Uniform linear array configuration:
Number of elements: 16
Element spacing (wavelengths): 1
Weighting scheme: blackman
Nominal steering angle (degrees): -30
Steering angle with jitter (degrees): -30.801
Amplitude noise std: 0.05
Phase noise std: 0.05

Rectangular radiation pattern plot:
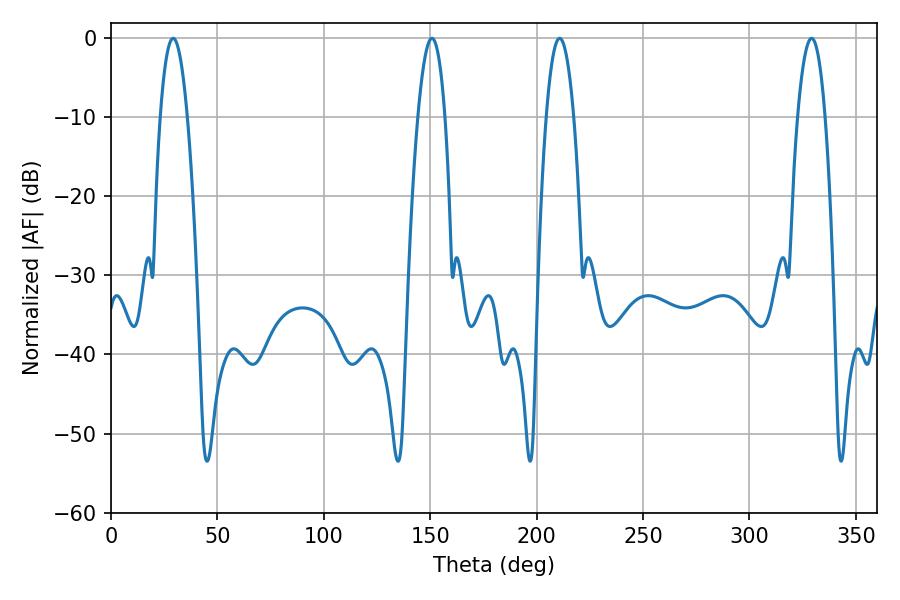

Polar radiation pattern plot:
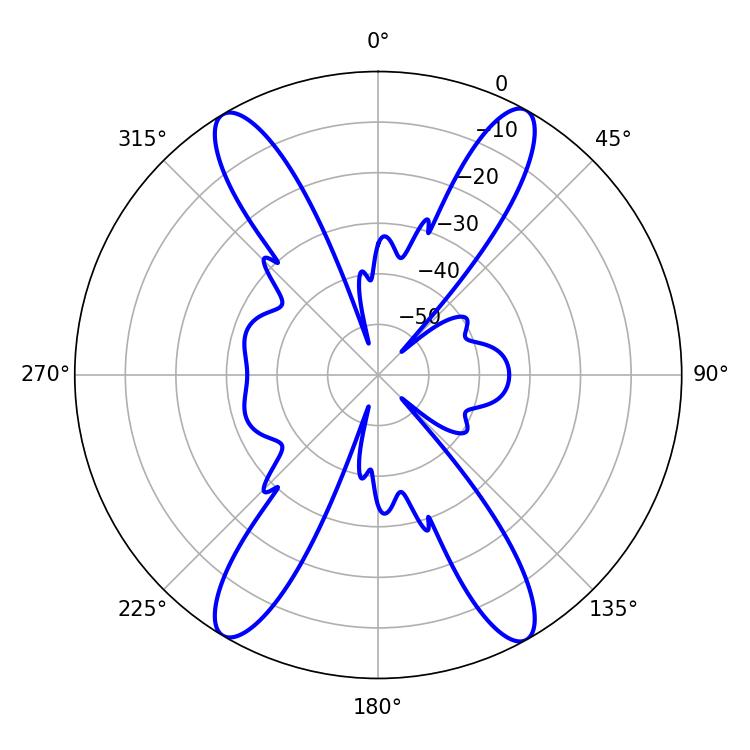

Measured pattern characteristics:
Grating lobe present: TRUE
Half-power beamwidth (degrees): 7.02
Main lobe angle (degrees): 210.78